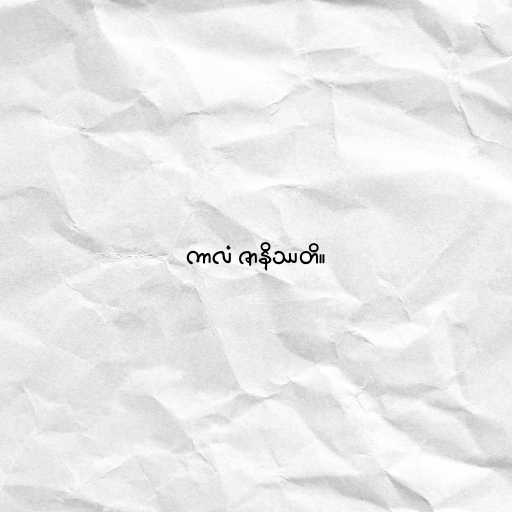
ကာလံ ဇာနိဿတိ။